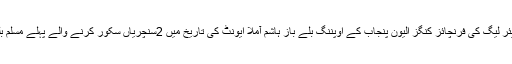
2017ء) انڈین پریمیئر لیگ کی فرنچائز کنگز الیون پنجاب کے اوپننگ بلے باز ہاشم آملا ایونٹ کی تاریخ میں 2سنچریاں سکور کرنے والے پہلے مسلم بلے باز بن گئے ہیں ۔